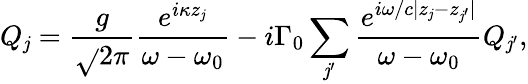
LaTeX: {Q_{\mathit{j}}}=\frac{{g}}{{{\sqrt{}{{2\pi}}}}}\frac{{{{e^{i\kappa{z_{\mathit{j}}}}}}}}{{{\omega-{\omega_{0}}}}}-i\Gamma_{0}\sum_{\mathit{j}^{\prime}}^{}{\frac{{{{e^{i\omega/c|{z_{\mathit{j}}}-{z_{\mathit{j}^{\prime}}}|}}}}}{{{\omega-{\omega_{0}}}}}{Q_{\mathit{j}^{\prime}}}},